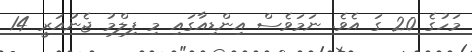
މަހުގެ 20 ގަ އެވެ. ނަމަވެސް އިންޑިއާގައި މި ފިލްމު ޖެނުއަރީ 14